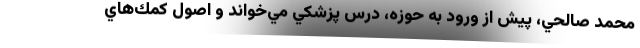
محمد صالحي، پيش از ورود به حوزه، درس پزشكي مي‌خواند و اصول كمك‌هاي